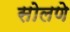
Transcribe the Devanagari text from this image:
सोलणे